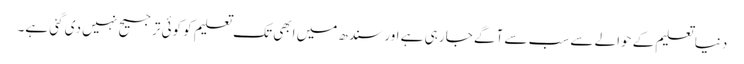
دنیا تعلیم کے حوالے سے سب سے آگے جا رہی ہے اور سندھ میں ابھی تک تعلیم کو کوئی ترجیح نہیں دی گئی ہے۔